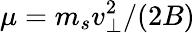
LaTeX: \mu=m_{s}v_{\perp}^{2}/(2B)